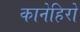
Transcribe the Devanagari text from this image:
कानेहिरो